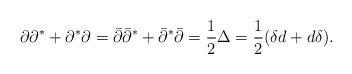
LaTeX: \begin{align*}\partial \partial^*+\partial^*\partial =\bar \partial \bar \partial^*+\bar \partial^*\bar \partial=\frac 12 \Delta =\frac 12 (\delta d+d\delta ).\end{align*}